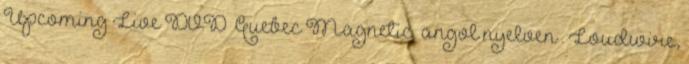
Upcoming Live DVD ‘Quebec Magnetic’ angol nyelven . Loudwire,